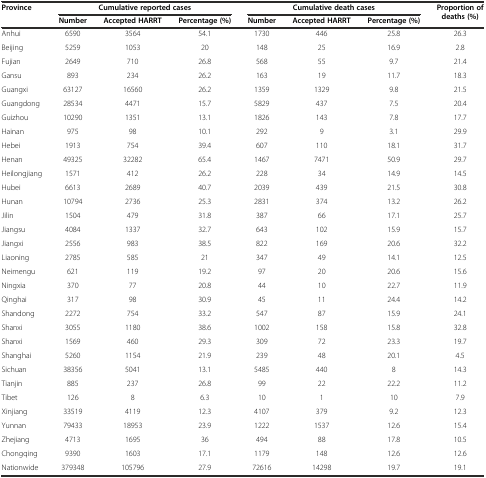
<table><thead><tr><td rowspan="2"><b>Province</b></td><td colspan="3"><b>Cumulative reported cases</b></td><td colspan="3"><b>Cumulative death cases</b></td><td rowspan="2"><b>Proportion of deaths (%)</b></td></tr><tr><td><b>Number</b></td><td><b>Accepted HARRT</b></td><td><b>Percentage (%)</b></td><td><b>Number</b></td><td><b>Accepted HARRT</b></td><td><b>Percentage (%)</b></td></tr></thead><tbody><tr><td>Anhui</td><td>6590</td><td>3564</td><td>54.1</td><td>1730</td><td>446</td><td>25.8</td><td>26.3</td></tr><tr><td>Beijing</td><td>5259</td><td>1053</td><td>20</td><td>148</td><td>25</td><td>16.9</td><td>2.8</td></tr><tr><td>Fujian</td><td>2649</td><td>710</td><td>26.8</td><td>568</td><td>55</td><td>9.7</td><td>21.4</td></tr><tr><td>Gansu</td><td>893</td><td>234</td><td>26.2</td><td>163</td><td>19</td><td>11.7</td><td>18.3</td></tr><tr><td>Guangxi</td><td>63127</td><td>16560</td><td>26.2</td><td>1359</td><td>1329</td><td>9.8</td><td>21.5</td></tr><tr><td>Guangdong</td><td>28534</td><td>4471</td><td>15.7</td><td>5829</td><td>437</td><td>7.5</td><td>20.4</td></tr><tr><td>Guizhou</td><td>10290</td><td>1351</td><td>13.1</td><td>1826</td><td>143</td><td>7.8</td><td>17.7</td></tr><tr><td>Hainan</td><td>975</td><td>98</td><td>10.1</td><td>292</td><td>9</td><td>3.1</td><td>29.9</td></tr><tr><td>Hebei</td><td>1913</td><td>754</td><td>39.4</td><td>607</td><td>110</td><td>18.1</td><td>31.7</td></tr><tr><td>Henan</td><td>49325</td><td>32282</td><td>65.4</td><td>1467</td><td>7471</td><td>50.9</td><td>29.7</td></tr><tr><td>Heilongjiang</td><td>1571</td><td>412</td><td>26.2</td><td>228</td><td>34</td><td>14.9</td><td>14.5</td></tr><tr><td>Hubei</td><td>6613</td><td>2689</td><td>40.7</td><td>2039</td><td>439</td><td>21.5</td><td>30.8</td></tr><tr><td>Hunan</td><td>10794</td><td>2736</td><td>25.3</td><td>2831</td><td>374</td><td>13.2</td><td>26.2</td></tr><tr><td>Jilin</td><td>1504</td><td>479</td><td>31.8</td><td>387</td><td>66</td><td>17.1</td><td>25.7</td></tr><tr><td>Jiangsu</td><td>4084</td><td>1337</td><td>32.7</td><td>643</td><td>102</td><td>15.9</td><td>15.7</td></tr><tr><td>Jiangxi</td><td>2556</td><td>983</td><td>38.5</td><td>822</td><td>169</td><td>20.6</td><td>32.2</td></tr><tr><td>Liaoning</td><td>2785</td><td>585</td><td>21</td><td>347</td><td>49</td><td>14.1</td><td>12.5</td></tr><tr><td>Neimengu</td><td>621</td><td>119</td><td>19.2</td><td>97</td><td>20</td><td>20.6</td><td>15.6</td></tr><tr><td>Ningxia</td><td>370</td><td>77</td><td>20.8</td><td>44</td><td>10</td><td>22.7</td><td>11.9</td></tr><tr><td>Qinghai</td><td>317</td><td>98</td><td>30.9</td><td>45</td><td>11</td><td>24.4</td><td>14.2</td></tr><tr><td>Shandong</td><td>2272</td><td>754</td><td>33.2</td><td>547</td><td>87</td><td>15.9</td><td>24.1</td></tr><tr><td>Shanxi</td><td>3055</td><td>1180</td><td>38.6</td><td>1002</td><td>158</td><td>15.8</td><td>32.8</td></tr><tr><td>Shanxi</td><td>1569</td><td>460</td><td>29.3</td><td>309</td><td>72</td><td>23.3</td><td>19.7</td></tr><tr><td>Shanghai</td><td>5260</td><td>1154</td><td>21.9</td><td>239</td><td>48</td><td>20.1</td><td>4.5</td></tr><tr><td>Sichuan</td><td>38356</td><td>5041</td><td>13.1</td><td>5485</td><td>440</td><td>8</td><td>14.3</td></tr><tr><td>Tianjin</td><td>885</td><td>237</td><td>26.8</td><td>99</td><td>22</td><td>22.2</td><td>11.2</td></tr><tr><td>Tibet</td><td>126</td><td>8</td><td>6.3</td><td>10</td><td>1</td><td>10</td><td>7.9</td></tr><tr><td>Xinjiang</td><td>33519</td><td>4119</td><td>12.3</td><td>4107</td><td>379</td><td>9.2</td><td>12.3</td></tr><tr><td>Yunnan</td><td>79433</td><td>18953</td><td>23.9</td><td>1222</td><td>1537</td><td>12.6</td><td>15.4</td></tr><tr><td>Zhejiang</td><td>4713</td><td>1695</td><td>36</td><td>494</td><td>88</td><td>17.8</td><td>10.5</td></tr><tr><td>Chongqing</td><td>9390</td><td>1603</td><td>17.1</td><td>1179</td><td>148</td><td>12.6</td><td>12.6</td></tr><tr><td>Nationwide</td><td>379348</td><td>105796</td><td>27.9</td><td>72616</td><td>14298</td><td>19.7</td><td>19.1</td></tr></tbody></table>